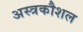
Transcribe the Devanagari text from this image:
अस्त्रकौशल